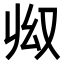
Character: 𠬳